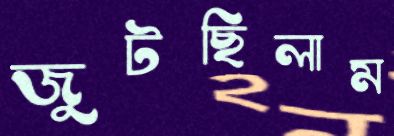
জুটছিলাম